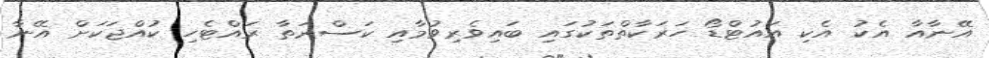
އޭނާއާ އެކު އެކި އައުޓްޑޯ ހަރަކާތްތަކުގައި ބައިވެރިވުމާއި ކަސްރަތާ ރައްޓެހި ކުއްޖަކަށް އޭނާ